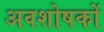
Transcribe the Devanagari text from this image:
अवशोषकों